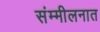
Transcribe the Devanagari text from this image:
संम्मीलनात